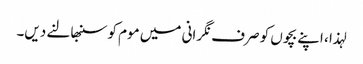
لہذا ، اپنے بچوں کو صرف نگرانی میں موم کو سنبھالنے دیں۔